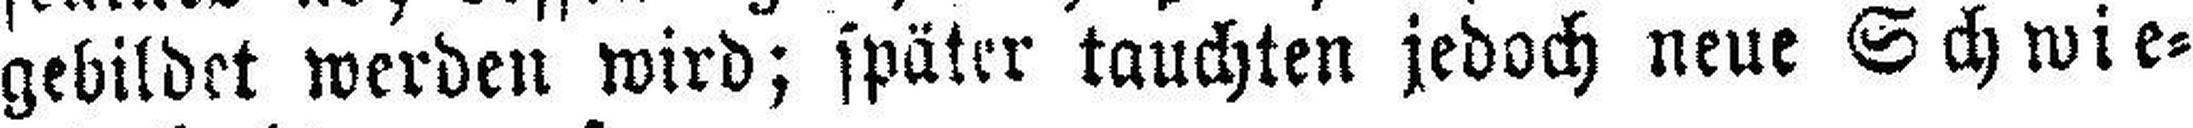
gebildet werden wird; später tauchten jedoch neue Schwie¬